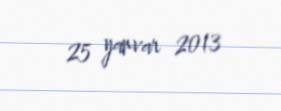
25 yanvar 2013